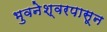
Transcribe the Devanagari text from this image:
भुवनेश्वरपासून